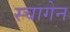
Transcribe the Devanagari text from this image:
स्चागेन